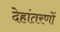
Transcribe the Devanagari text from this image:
देहांतरणों